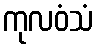
ကုလဝံသံ